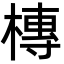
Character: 槫